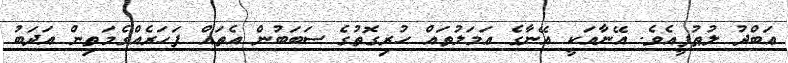
ޢަބްދު ލުޠުފީއެވެ. އޭނާއަކީ އޭނާގެ ޢަމަލުތައް ހުރިގޮތުގެ ސަބަބުން އެތައް ފަހަރެއްގެމަތިން އަދަބު